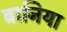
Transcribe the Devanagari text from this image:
बानिया